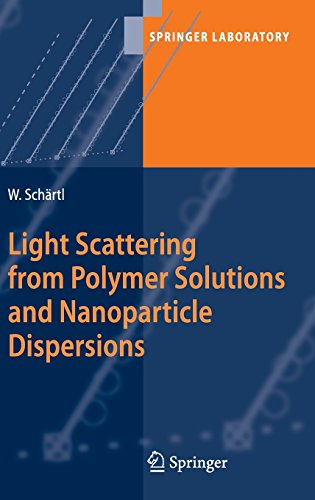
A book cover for Light Scattering from Polymer Solutions and Nanoparticle Dispersions (Springer Laboratory); Wolfgang SchÃ¤rtl; Science & Math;